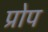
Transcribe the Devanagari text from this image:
प्रोप